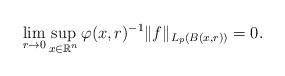
LaTeX: \begin{align*}\lim \limits_{r\rightarrow0}\sup \limits_{x\in{\mathbb{R}^{n}}}\varphi(x,r)^{-1}\Vert f\Vert_{L_{p}(B(x,r))}=0.\end{align*}